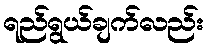
ရည်ရွယ်ချက်လည်း